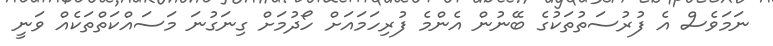
ނަމަވެސް އެ ފުރުސަތުތަކުގެ ބޭނުން އެންމެ ފުރިހަމައަށް ހޯދުމަށް ގިނަގުނަ މަސައްކަތްތަކެއް ވަނީ